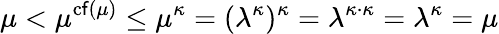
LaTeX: \mu<\mu^{\operatorname{c\mathsf{f}}(\mu)}\leq\mu^{\kappa}=(\lambda^{\kappa})^{\kappa}=\lambda^{\kappa\cdot\kappa}=\lambda^{\kappa}=\mu